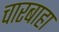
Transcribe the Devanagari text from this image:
चारबाहा